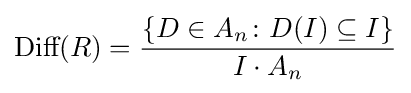
{\text{Diff}}(R)={\frac {\{D\in A_{n}\colon D(I)\subseteq I\}}{I\cdot A_{n}}}